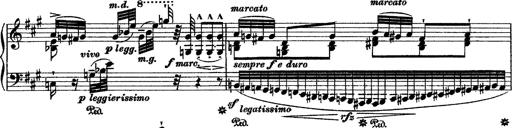
Title: Grande fantasie di bravura sur La clochette
Composer: Franz Liszt
Key: A minor